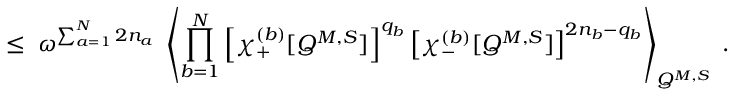
\leq \; \omega ^ { \sum _ { a = 1 } ^ { N } 2 n _ { a } } \; \left\langle \prod _ { b = 1 } ^ { N } \left[ \chi _ { + } ^ { ( b ) } [ Q ^ { M , S } ] \right] ^ { q _ { b } } \left[ \chi _ { - } ^ { ( b ) } [ Q ^ { M , S } ] \right] ^ { 2 n _ { b } - q _ { b } } \right\rangle _ { Q ^ { M , S } } \; .